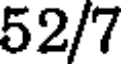
52/7